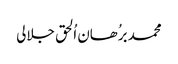
محمد برُھان اُلحق جلالی